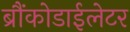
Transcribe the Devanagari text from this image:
ब्रौंकोडाईलेटर